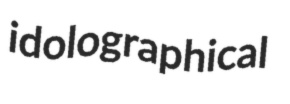
idolographical